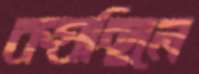
কষছিলে